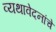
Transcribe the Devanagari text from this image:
व्यथावेदनांचे